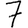
Digit: 7